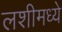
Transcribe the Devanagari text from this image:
लशीमध्ये